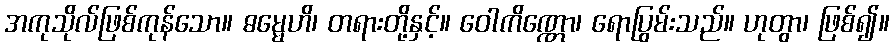
အကုသိုလ်ဖြစ်ကုန်သော။ ဓမ္မေဟိ၊ တရားတို့နှင့်။ ဝေါကိဏ္ဏော၊ ရောပြွမ်းသည်။ ဟုတွာ၊ ဖြစ်၍။